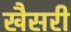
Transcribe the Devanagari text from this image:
खैसरी